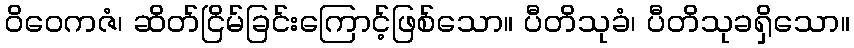
ဝိဝေကဇံ၊ ဆိတ်ငြိမ်ခြင်းကြောင့်ဖြစ်သော။ ပီတိသုခံ၊ ပီတိသုခရှိသော။